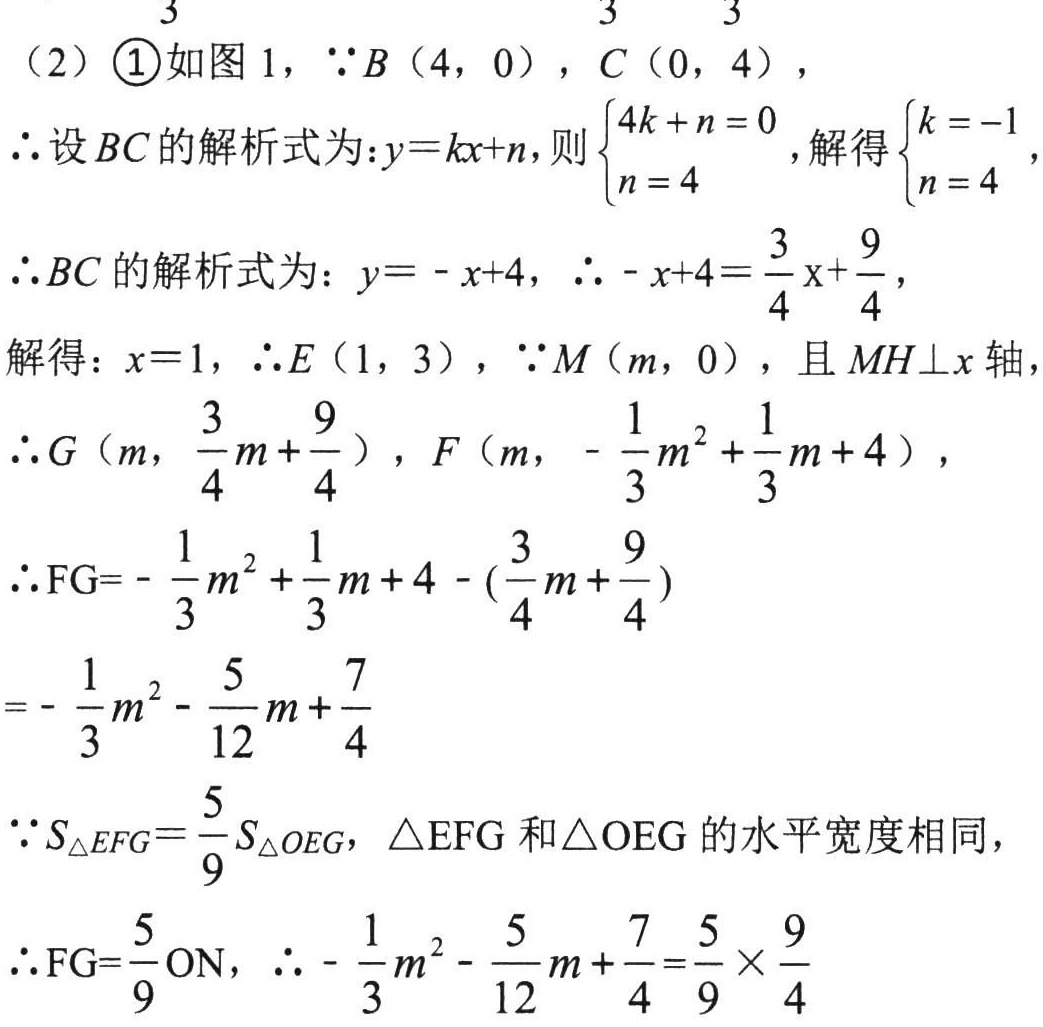
（2）\textcircled{1}如图 1，\(\because B(4,0)\)，\(C(0,4)\)，
\(\therefore\)设\(BC\)的解析式为：\(y = kx + n\)，则\(\begin{cases}4k + n = 0\\n = 4\end{cases}\)，解得\(\begin{cases}k = - 1\\n = 4\end{cases}\)，
\(\therefore BC\)的解析式为：\(y=-x + 4\)，\(\therefore - x + 4=\frac{3}{4}x+\frac{9}{4}\)，
解得：\(x = 1\)，\(\therefore E(1,3)\)，\(\because M(m,0)\)，且\(MH\perp x\)轴
\(\therefore G\left(m,\frac{3}{4}m+\frac{9}{4}\right)\)，\(F\left(m,-\frac{1}{3}m^{2}+\frac{1}{3}m + 4\right)\)，
\(\therefore\mathrm{FG}=-\frac{1}{3}m^{2}+\frac{1}{3}m + 4-\left(\frac{3}{4}m+\frac{9}{4}\right)\)
\(=-\frac{1}{3}m^{2}-\frac{5}{12}m+\frac{7}{4}\)
\(\because S_{\triangle EFG}=\frac{5}{9}S_{\triangle OEG}\)，\(\triangle EFG\)和\(\triangle OEG\)的水平宽度相同，
\(\therefore\mathrm{FG}=\frac{5}{9}\mathrm{ON}\)，\(\therefore -\frac{1}{3}m^{2}-\frac{5}{12}m+\frac{7}{4}=\frac{5}{9}\times\frac{9}{4}\)